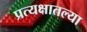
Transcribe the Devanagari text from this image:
प्रत्यक्षातल्या